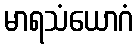
မာရသံယောဂံ